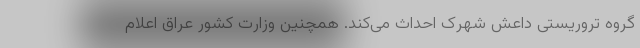
گروه تروریستی داعش شهرک احداث می‌کند. همچنین وزارت کشور عراق اعلام